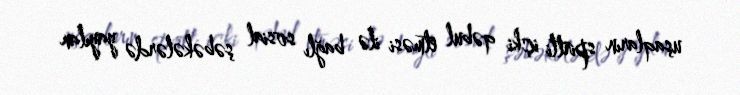
uşaqların spirtli içki qəbul etməsi ilə bağlı sosial şəbəkələrdə yayılan